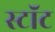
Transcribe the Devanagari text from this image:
स्टॉट